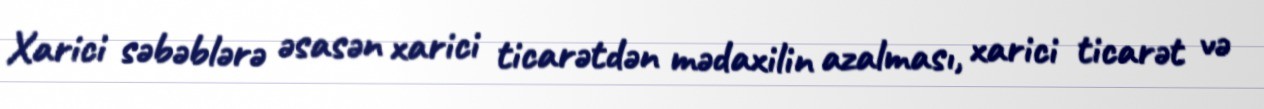
Xarici səbəblərə əsasən xarici ticarətdən mədaxilin azalması, xarici ticarət və